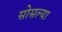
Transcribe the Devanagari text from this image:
सोसल्या